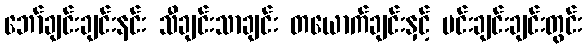
ဘော်ချင်းချင်းနင်း သီချင်းသာချင်း တယောက်ချင်းနှင့် မင်းချင်းချင်းတွင်း